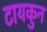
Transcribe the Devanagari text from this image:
टायकुन